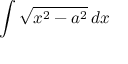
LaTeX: \int { \sqrt { x ^ { 2 } - a ^ { 2 } } } \, d x